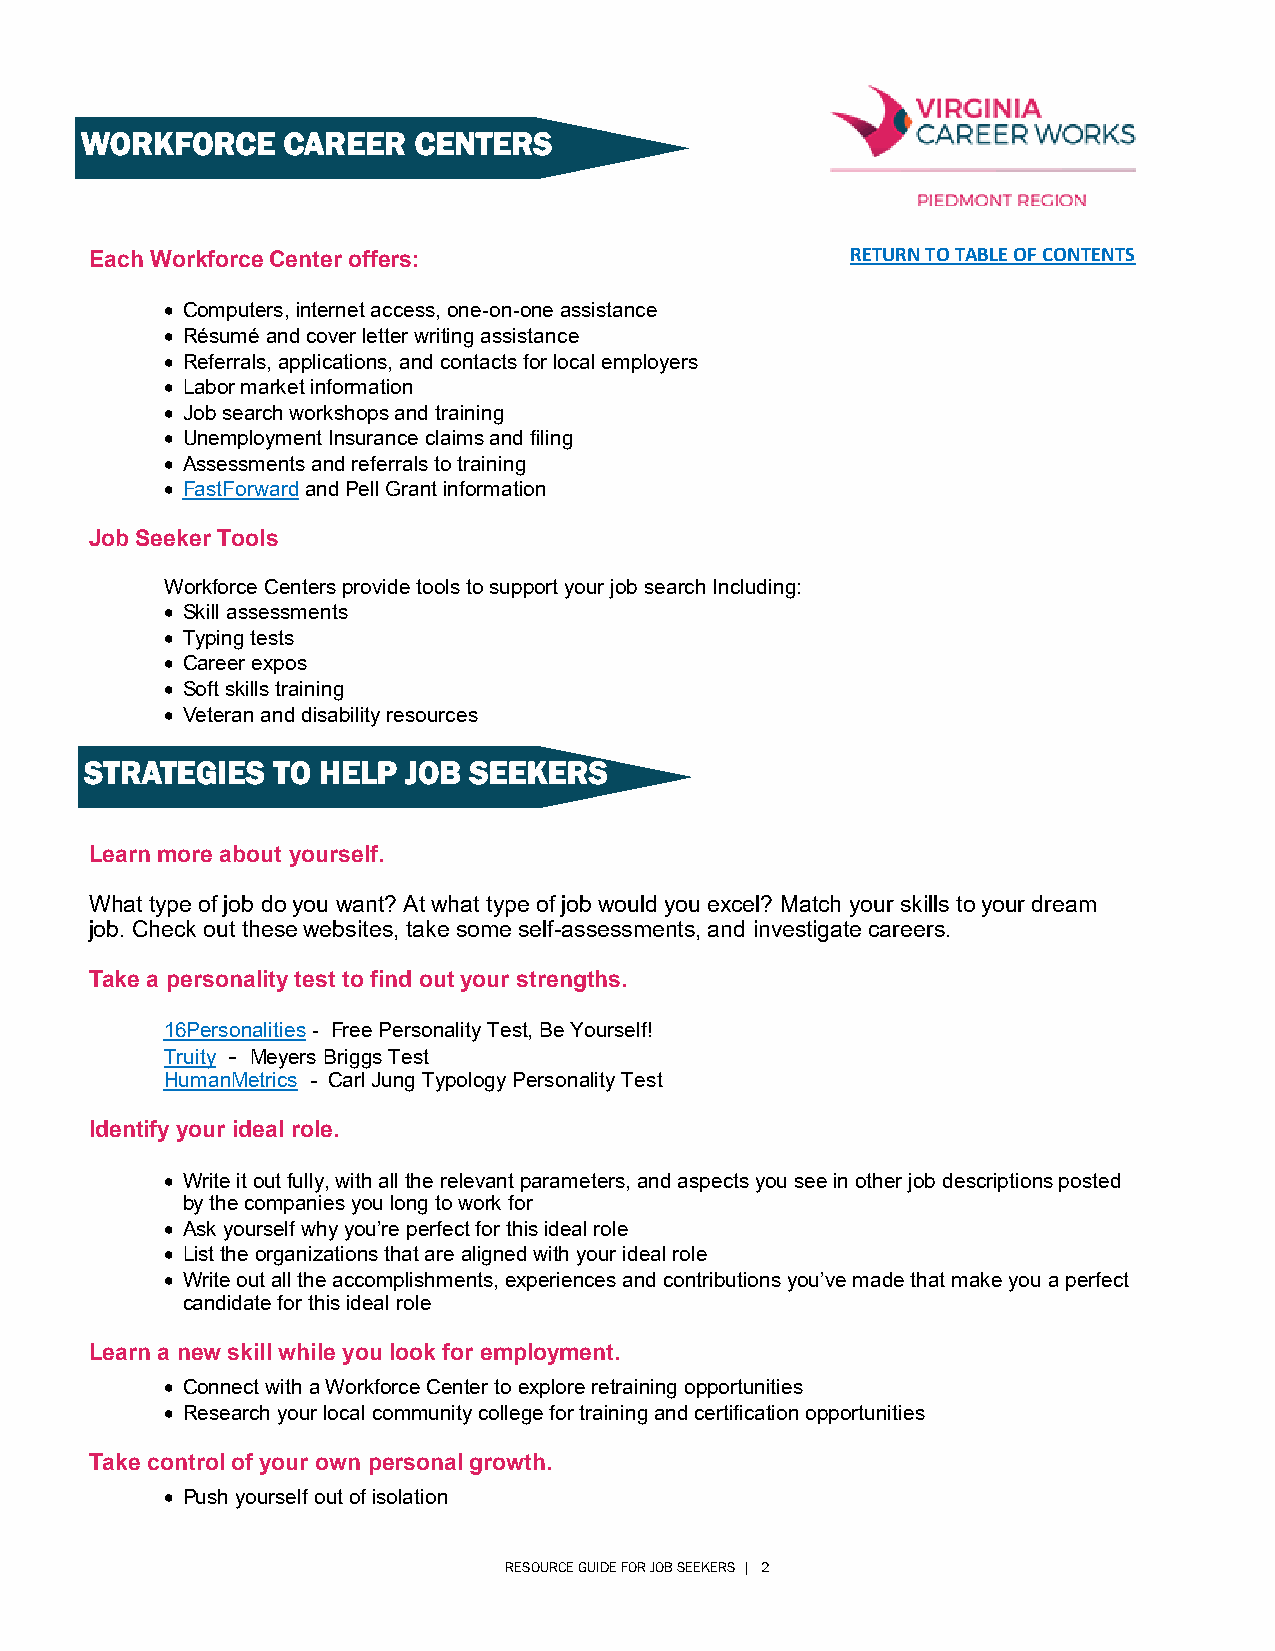
WORKFORCE     CAREER  CENTERS
 Each Workforce Center offers:                     RETURN TO TABLE OF CONTENTS
  Computers, internet access, one-on-one assistance
  Résumé and cover letter writing assistance
  Referrals, applications, and contacts for local employers
  Labor market information
  Job search workshops and training
  Unemployment Insurance claims and filing
  Assessments and referrals to training
  FastForward and Pell Grant information
 Job Seeker Tools
 Workforce Centers provide tools to support your job search Including:
  Skill assessments
  Typing tests
  Career expos
  Soft skills training
  Veteran and disability resources
 STRATEGIES  TO HELP  JOB SEEKERS
 Learn more about yourself.
 What type of job do you want? At what type of job would you excel? Match your skills to your dream
 job. Check out these websites, take some self-assessments, and investigate careers.
 Take a personality test to find out your strengths.
 16Personalities - Free Personality Test, Be Yourself!
 Truity - Meyers Briggs Test
 HumanMetrics - Carl Jung Typology Personality Test
 Identify your ideal role.
  Write it out fully, with all the relevant parameters, and aspects you see in other job descriptions posted
 by the companies you long to work for
  Ask yourself why you’re perfect for this ideal role
  List the organizations that are aligned with your ideal role
  Write out all the accomplishments, experiences and contributions you’ve made that make you a perfect
 candidate for this ideal role
 Learn a new skill while you look for employment.
  Connect with a Workforce Center to explore retraining opportunities
  Research your local community college for training and certification opportunities
 Take control of your own personal growth.
  Push yourself out of isolation
 RESOURCE GUIDE FOR JOB SEEKERS | 2